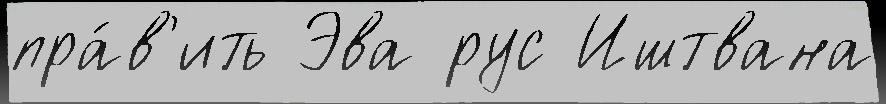
пра́в'ить Эва рус Иштвана